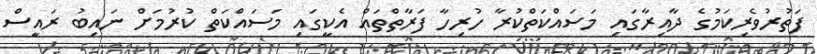
ފަތުރުވެރިކަމުގެ ދާއިރާގައި މަސައްކަތްކުރާ ހުރިހާ ފަރާތްތައް އެކީގައި މަސައްކަތް ކުރުމަށް ނައިބު ރައީސް